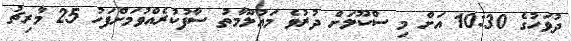
ދުވަހުގެ 10:30 އަށް މި ސްކޫލަށް ދުރުވެ މަޢުލޫމާތު ސާފުކުރެއްވުމަށްފަހު 25 މާރިޗު